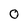
Character: 0